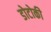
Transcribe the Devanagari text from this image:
डोटोकी